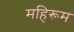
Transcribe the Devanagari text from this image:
महिरूम